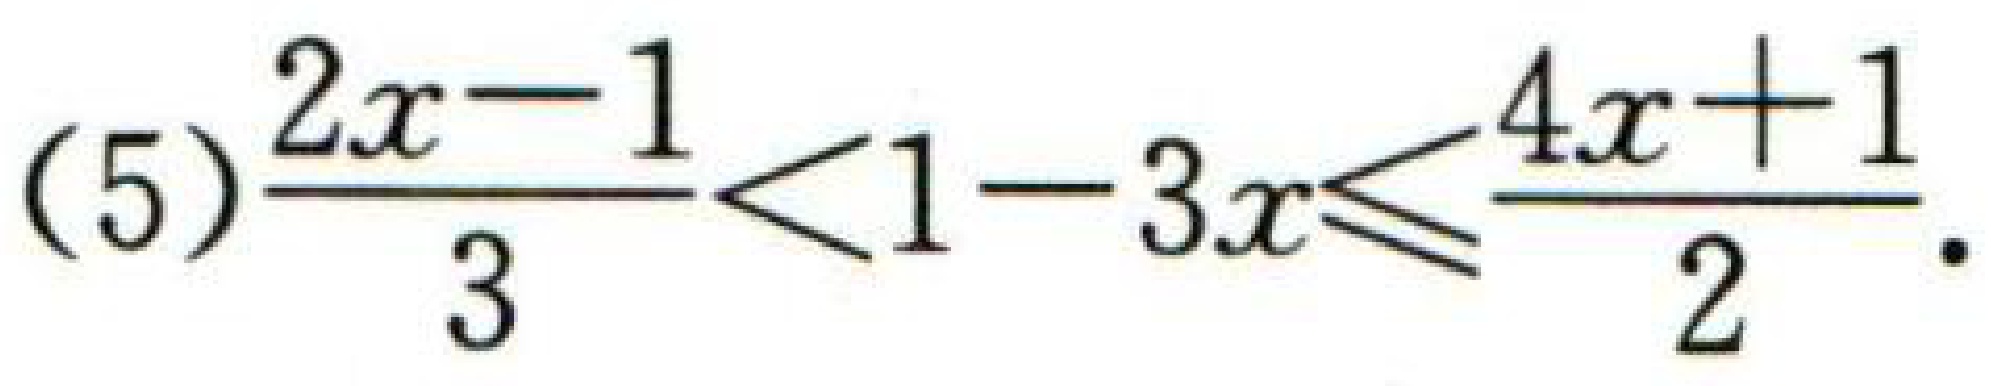
(5)$\frac{2x - 1}{3}<1 - 3x\leqslant\frac{4x + 1}{2}$.